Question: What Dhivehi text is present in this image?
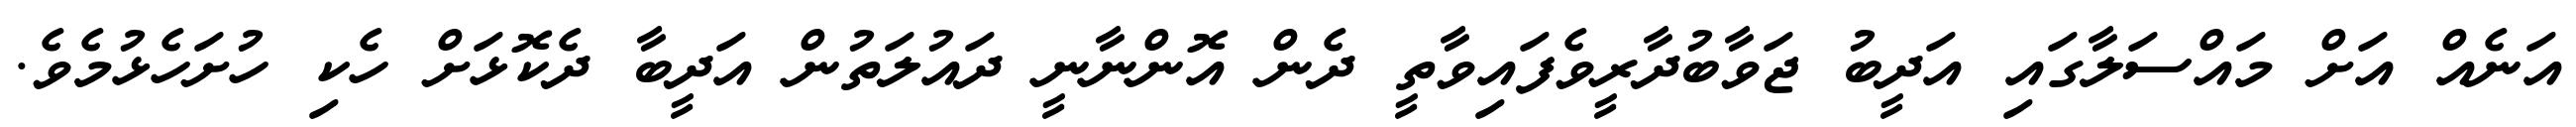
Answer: އަނެއް އަށް މައްސަލާގައި އަދީބު ޖަވާބުދާރީވެފައިވާތީ ދެން އޮންނާނީ ދައުލަތުން އަދީބާ ދެކޮޅަށް ހެކި ހުށަހެޅުމެވެ.